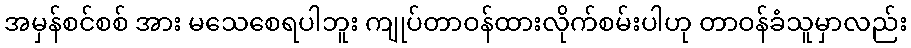
အမှန်စင်စစ် အား မသေစေရပါဘူး ကျုပ်တာဝန်ထားလိုက်စမ်းပါဟု တာဝန်ခံသူမှာလည်း